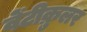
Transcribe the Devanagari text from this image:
वेंटीक्रुलर